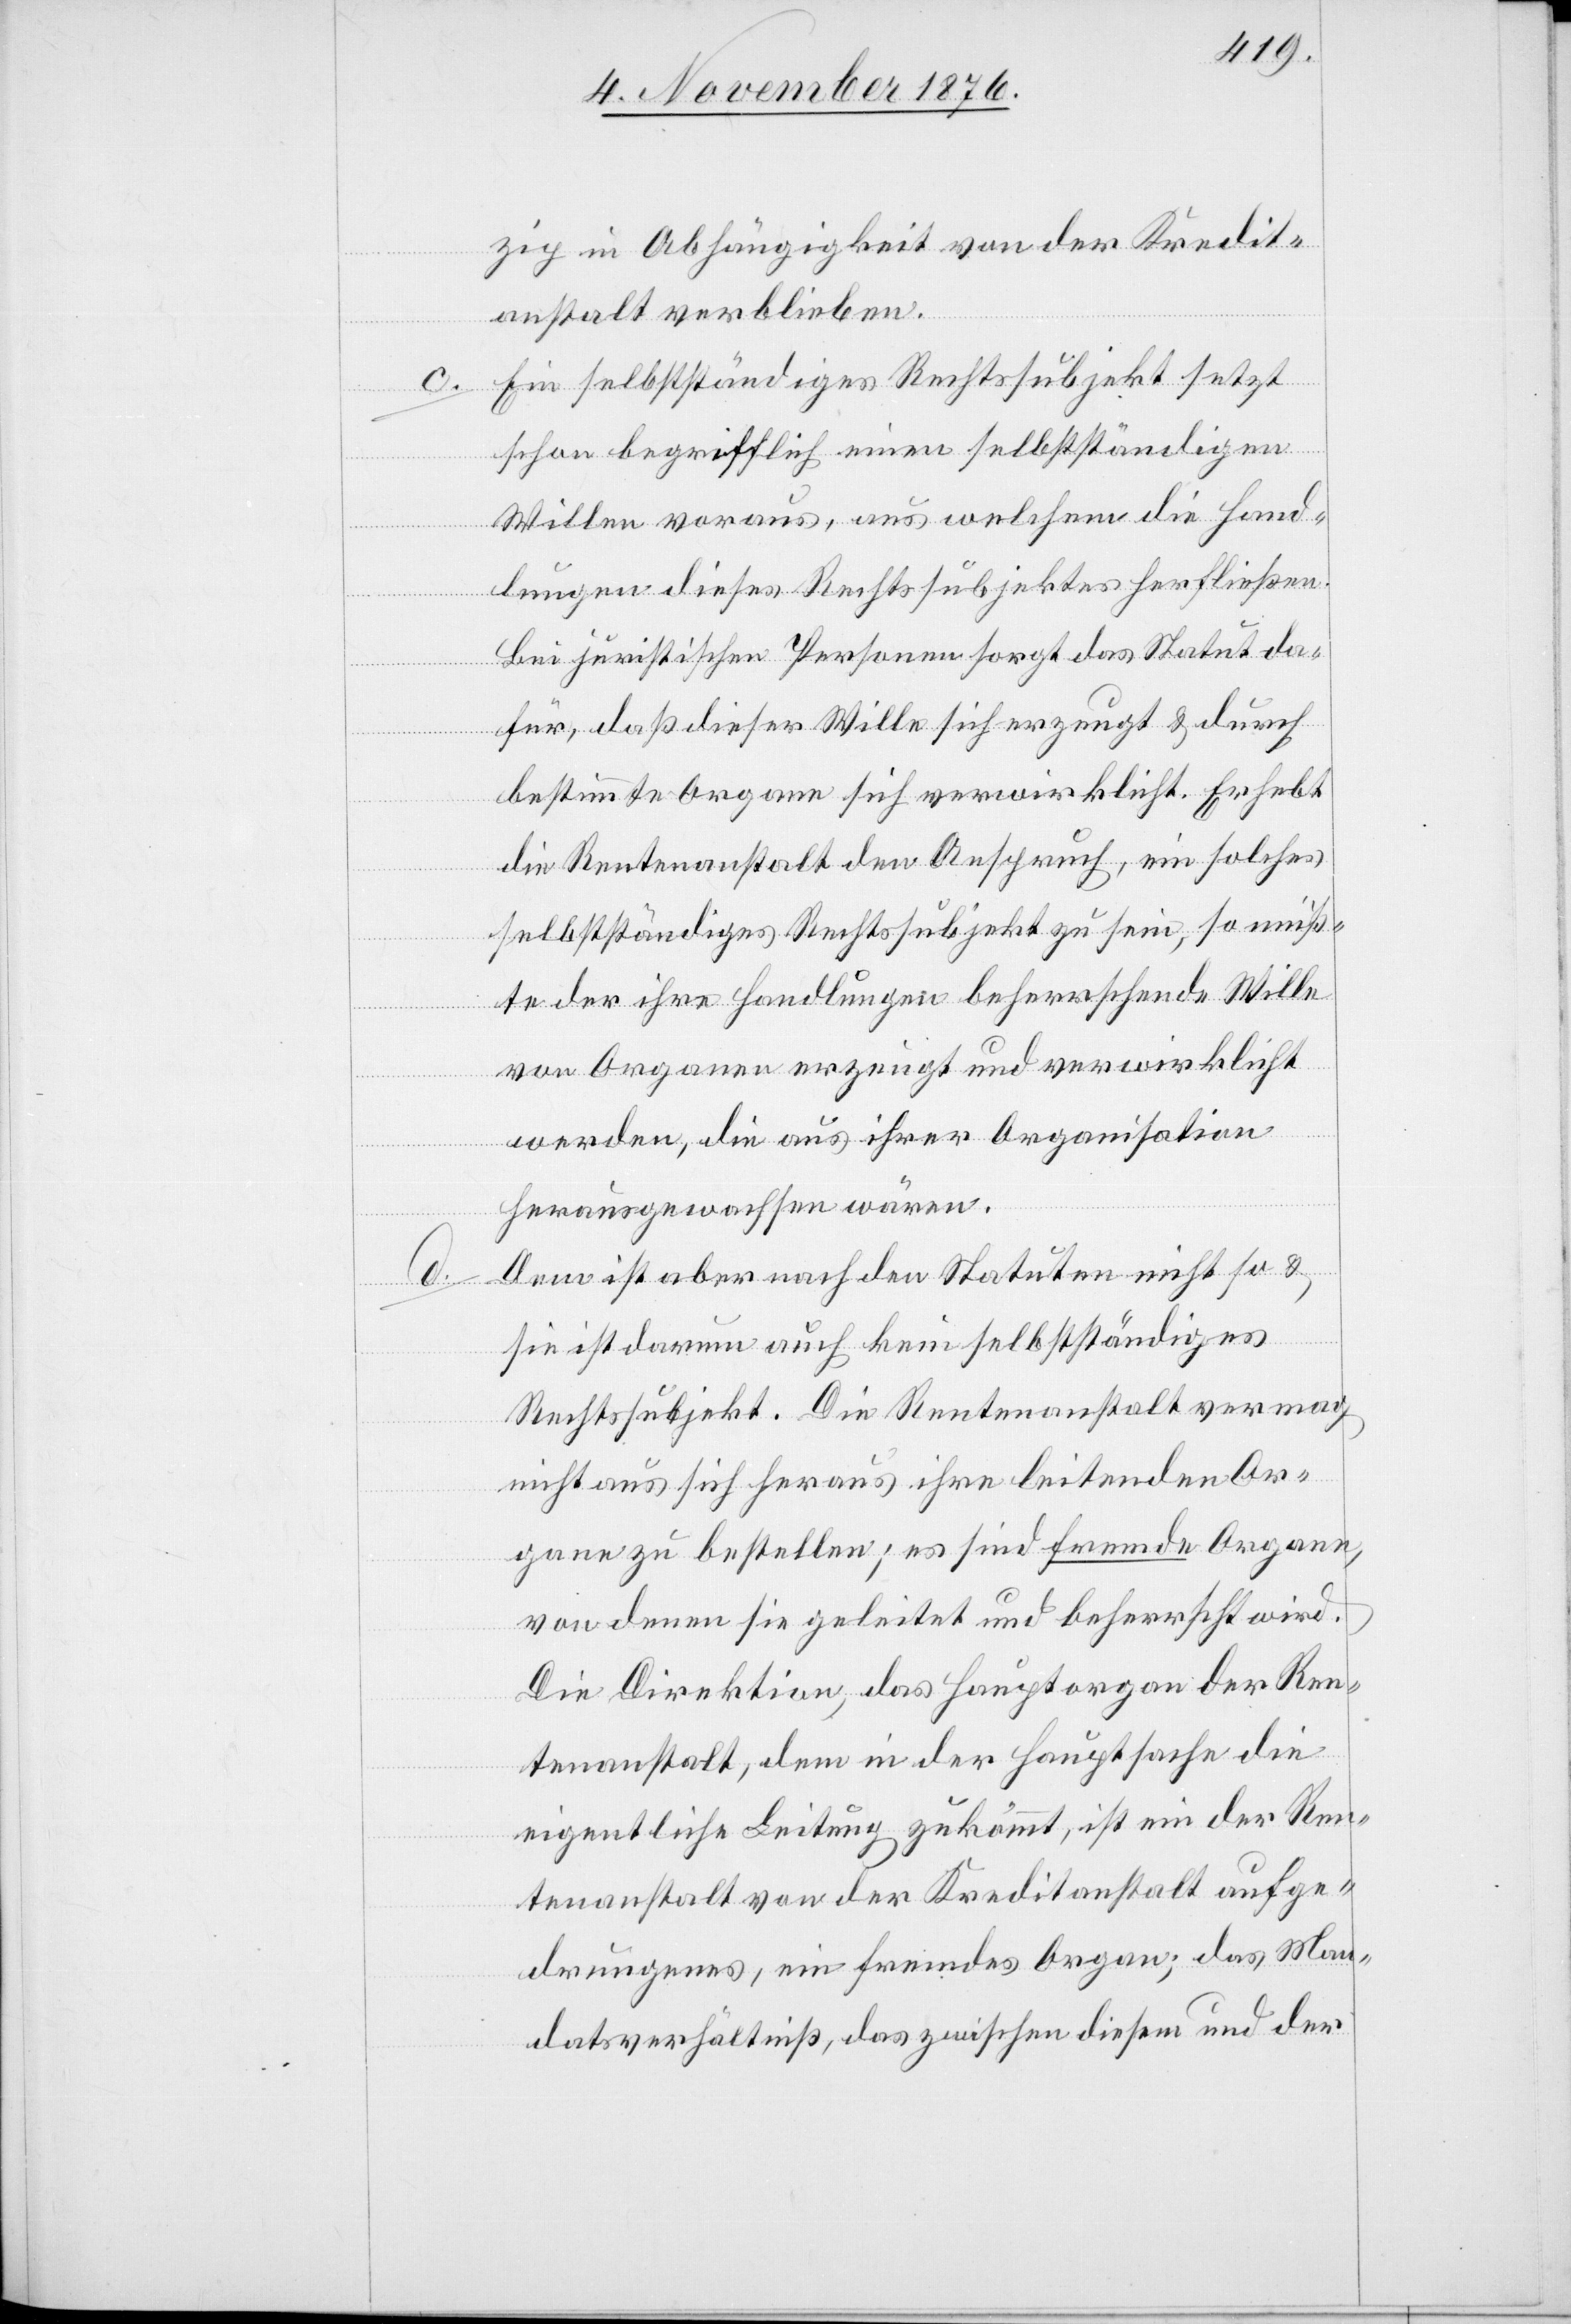
d.

zip in Abhängigkeit von der Kredit¬
anstalt verblieben.
Ein selbstständiges Rechtssubjekt setzt
schon begrifflich einen selbstständigen
Willen voraus, aus welchem die Hand¬
lungen dieses Rechtssubjektes herfließen.
Bei juristischen Personen sorgt das Statut da¬
für, daß dieser Wille sich erzeugt & durch
bestimmte Organe sich verwirklicht. Erhebt
die Rentenanstalt den Anspruch, ein solches
selbstständiges Rechtssubjekt zu sein, so müß¬
te der ihre Handlungen beherrschende Wille
von Organen erzeugt und verwirklicht
werden, die aus ihrer Organisation
herausgewachsen wären.
Dem ist aber nach den Statuten nicht so &
sie ist darum auch kein selbstständiges
Rechtssubjekt. Die Rentenanstalt vermag
nicht aus sich heraus ihre leitenden Or¬
gane zu bestellen; es sind fremde Organe,
von denen sie geleitet und beherrscht wird.
Die Direktion, das Hauptorgan der Ren¬
tenanstalt, dem in der Hauptsache die
eigentliche Leitung zukommt, ist ein der Ren¬
tenanstalt von der Kreditanstalt aufge¬
drungenes, ein fremdes Organ; das Man¬
datsverhältniß, das zwischen diesem und der